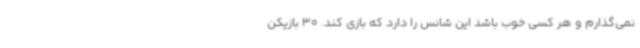
نمی‌گذارم و هر کسی خوب باشد این شانس را دارد که بازی کند. 30 بازیکن